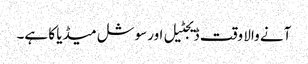
آنے والا وقت ڈیجٹیل اورسوشل میڈیا کا ہے۔